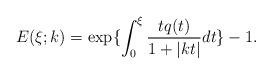
LaTeX: \begin{align*}E(\xi;k)=\exp\{\int_0^\xi\frac{tq(t)}{1+|kt|}dt\}-1.\end{align*}